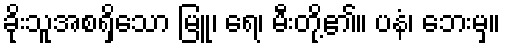
ခိုးသူအစရှိသော မြူ၊ ရေ၊ မီးတို့၏။ ပနံ၊ ဘေးမှ။